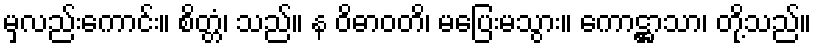
မှလည်းကောင်း။ စိတ္တံ၊ သည်။ န ဝိဓာဝတိ၊ မပြေးမသွား။ ကောဋ္ဌာသာ၊ တို့သည်။